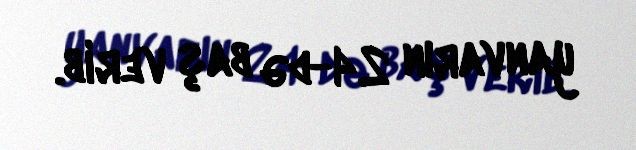
yanvarın 24-də baş verib.